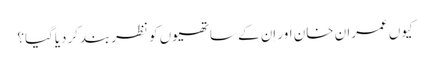
کیوں عمران خان اور اِن کے ساتھیوں کو نظربندکردیاگیا؟